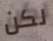
لكن